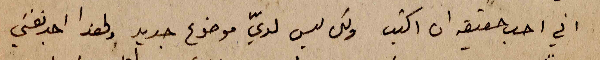
اني احب حقيقة ان اكتب ولكن ليس لديّ موضوع جديد ولهذا اجد نفسي